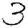
Digit: 3